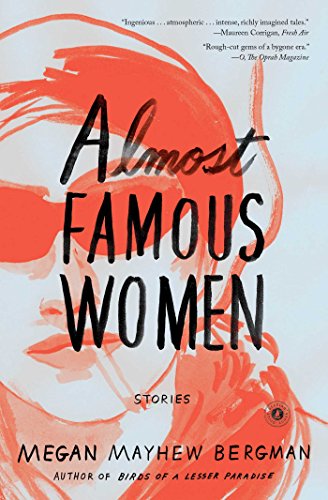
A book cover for Almost Famous Women: Stories; Megan Mayhew Bergman; Literature & Fiction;